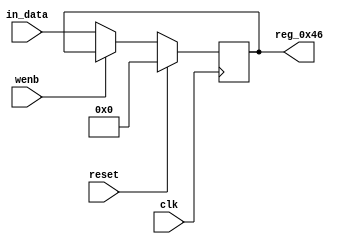
module r_RX_BUF_OBJ5_BYTE_2(output reg [7:0] reg_0x46, input wire reset, input wire wenb, input wire [7:0] in_data, input wire clk);
	always@(posedge clk)
	begin
		if(reset==0) begin
			if(wenb==0)
				reg_0x46<=in_data;
			else
				reg_0x46<=reg_0x46;
		end
		else
			reg_0x46<=8'h00;
	end
endmodule